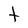
Character: t